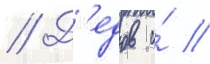
// Д'едов и́ //